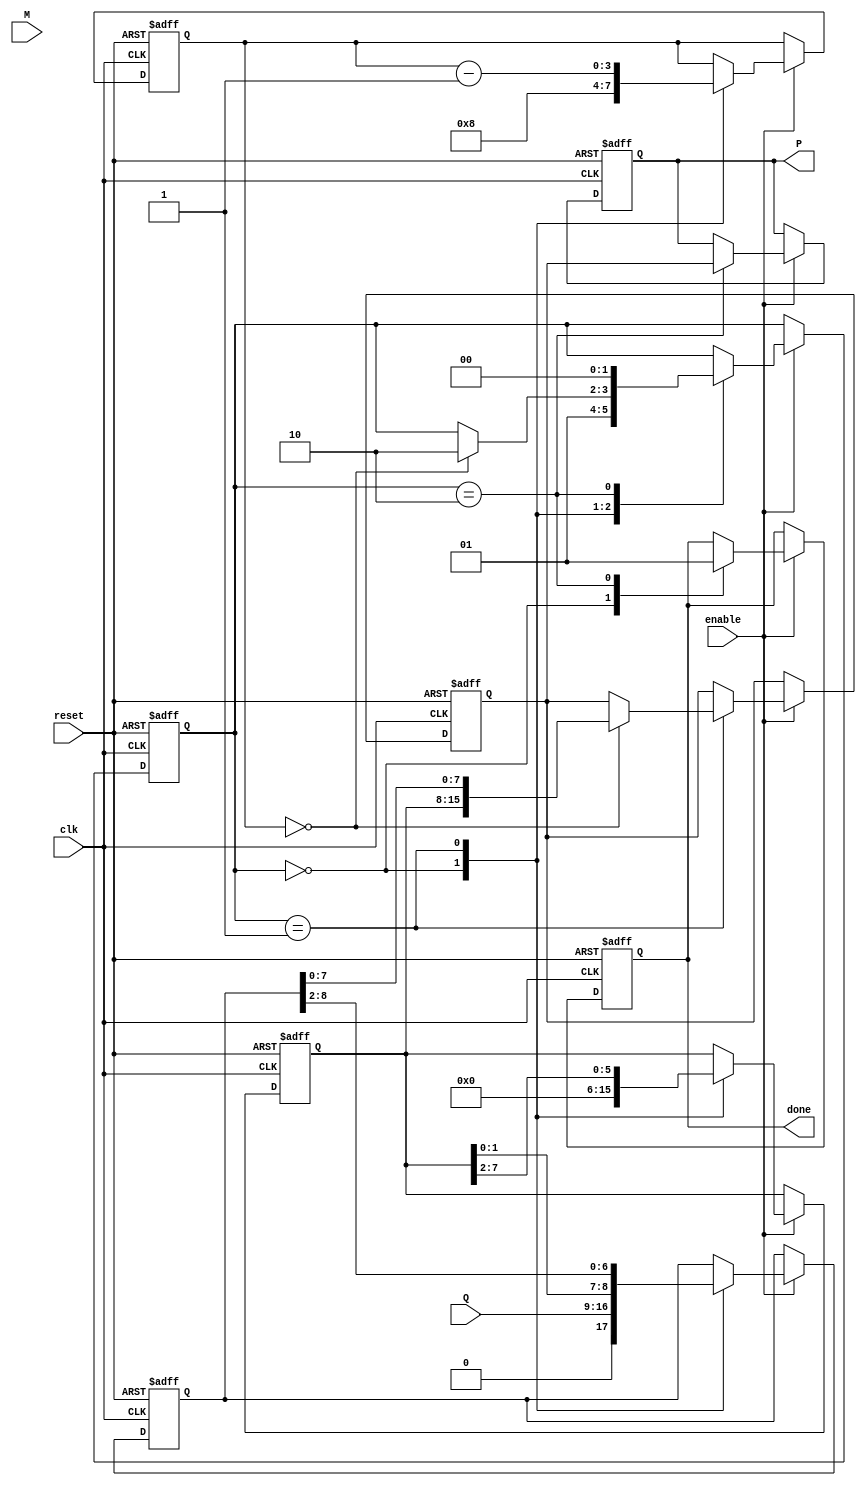
module modified_booth_multiplier #(
    parameter WIDTH = 8   // Bit-width of the inputs
) (
    input wire clk,
    input wire reset,
    input wire enable,
    input wire signed [WIDTH-1:0] M,  // Multiplicand
    input wire signed [WIDTH-1:0] Q,  // Multiplier
    output reg signed [2*WIDTH-1:0] P, // Product
    output reg done // Status signal for completion
);

    reg [WIDTH-1:0] A; // Accumulator
    reg [WIDTH:0] Q_reg; // Multiplier with extra bit for Booth's encoding
    reg [2*WIDTH-1:0] P_temp; // Temporary product storage
    reg [3:0] count; // Count for the number of cycles
    reg [1:0] state; // State variable
    localparam IDLE = 2'b00, PROCESS = 2'b01, DONE = 2'b10;

    // Booth encoding and product accumulation process
    always @(posedge clk or posedge reset) begin
        if (reset) begin
            P <= 0;
            A <= 0;
            Q_reg <= 0;
            P_temp <= 0;
            count <= 0;
            state <= IDLE;
            done <= 0;
        end else if (enable) begin
            case(state)
                IDLE: begin
                    // Initialize
                    Q_reg <= {1'b0, Q}; // Load Q and zero-extend
                    A <= 0; // Clear accumulator
                    count <= WIDTH; // Set the iteration count
                    state <= PROCESS;
                    done <= 0;
                end

                PROCESS: begin
                    case(Q_reg[1:0]) // Examine the last two bits for Booth encoding
                        2'b00: begin
                            // No operation
                        end
                        2'b01: begin
                            A <= A + M; // Add multiplicand
                        end
                        2'b10: begin
                            A <= A - M; // Subtract multiplicand
                        end
                        2'b11: begin
                            // No operation
                        end
                    endcase
                    
                    // Shift A and Q
                    {A, Q_reg} <= {A[WIDTH-1:0], Q_reg[WIDTH:2]}; // Arithmetic shift
                    count <= count - 1;

                    if (count == 0) begin
                        P_temp <= {A, Q_reg[WIDTH-1:0]}; // Combine A and Q for final product
                        state <= DONE;
                    end
                end

                DONE: begin
                    P <= P_temp; // Set the final product
                    done <= 1; // Indicate done
                    state <= IDLE; // Prepare for next operation
                end
            endcase
        end
    end
endmodule